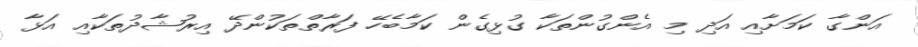
އަންގާ ކަމަށާއި އަދި މި އެންގުންތަކާ ގުޅިގެން ކަމާބެހޭ ފަރާތްތަކުންދޭ އިރުޝާދުތަކާއި އަޅާ